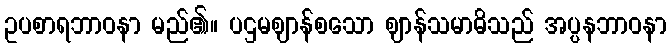
ဥပစာရဘာဝနာ မည်၏။ ပဌမဈာန်စသော ဈာန်သမာဓိသည် အပ္ပနဘာဝနာ